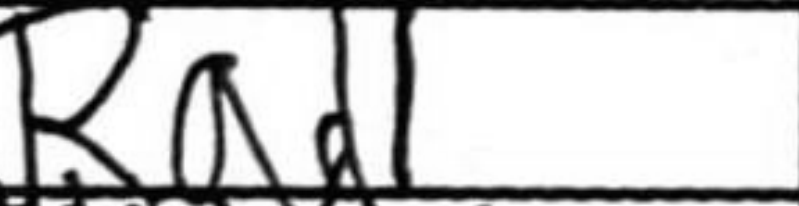
Transcription: Rad1